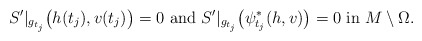
\begin{align*}S'|_{g_{t_j}}\big(h(t_j), v(t_j) \big)=0 \mbox{ and } S'|_{g_{t_j}}\big(\psi_{t_j}^* (h, v)\big)=0\mbox{ in } M\setminus \Omega. \end{align*}